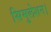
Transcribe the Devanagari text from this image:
सिमुलेशन।